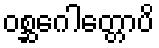
ဝစ္ဆဂေါတ္တောပိ